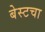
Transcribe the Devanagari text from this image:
बेस्टचा